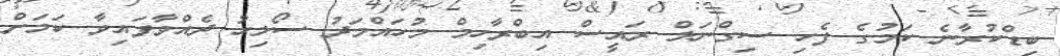
ބިޑްކުރާނެ ކަމުގެ ފެހި ސިގްނަލް ރައީސް އިބްރާހިމް މުހައްމަދު ސޯލިހު ދެއްވާފައިވާ ކަމަށް